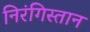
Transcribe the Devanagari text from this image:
निरंगिस्तान